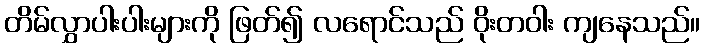
တိမ်လွှာပါးပါးများကို ဖြတ်၍ လရောင်သည် ဝိုးတဝါး ကျနေသည်။